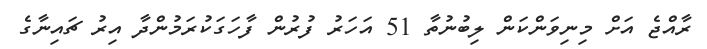
ރާއްޖެ އަށް މިނިވަންކަން ލިބުނުތާ 51 އަހަރު ފުރުން ފާހަގަކުރަމުންދާ އިރު ޗައިނާގެ